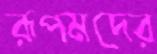
রূপমদের